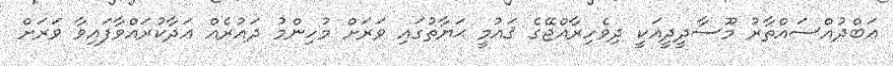
ޢަބްދުއްސައްތާރު މޫސާދީދީއަކީ ދިވެހިރާއްޖޭގެ ޤައުމީ ޙަޔާތުގައި ވަރަށް މުހިންމު ދައުރެއް އަދާކުރައްވާފައިވާ ވަރަށް